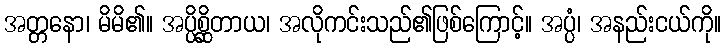
အတ္တနော၊ မိမိ၏။ အပ္ပိစ္ဆိတာယ၊ အလိုကင်းသည်၏ဖြစ်ကြောင့်။ အပ္ပံ၊ အနည်းငယ်ကို။